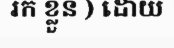
រក ខ្លួន ) ដោយ